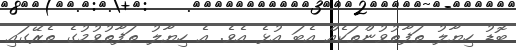
ބޮޑު ހިޔާލު ތަފާތުވުންތަކެއް އެބަ އުޅެ އެވެ. އެ ހިޔާލު ތަފާތުވުމުގެ ތެރޭގައި